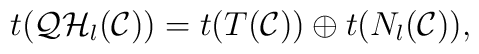
t({\cal QH}_l({\cal  C}))=t(T({\cal C})) \oplus t(N_l({\cal C})),